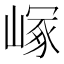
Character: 𡻑